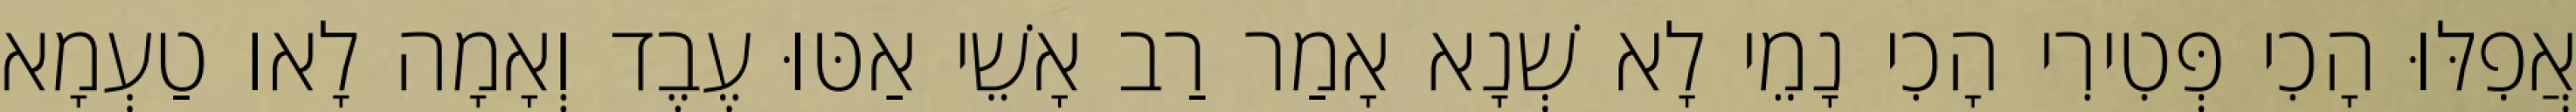
אֲפִלּוּ הָכִי פְּטִירִי הָכִי נָמֵי לָא שְׁנָא אָמַר רַב אָשֵׁי אַטּוּ עֶבֶד וְאָמָה לָאו טַעְמָא